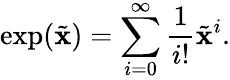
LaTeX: \exp(\tilde{\mathbf{x}})=\sum_{i=0}^{\infty}\frac{1}{i!}\tilde{\mathbf{x}}^{i}.